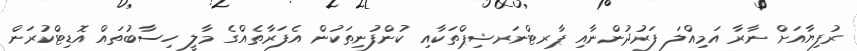
ރުފިޔާއަށް ނާރާ އަމިއްލަ ފަރުދުންނާއި ޕާރޓްނަރޝިޕްތަކާއި ކުންފުނިތަކުން އެފަރާތެއްގެ މާލީ ހިސާބުތައް އޮޑިޓްކުރަން